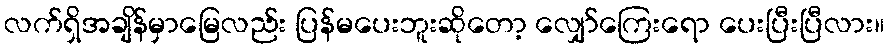
လက်ရှိအချိန်မှာမြေလည်း ပြန်မပေးဘူးဆိုတော့ လျှော်ကြေးရော ပေးပြီးပြီလား။